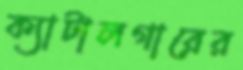
ক্যাটালগারের